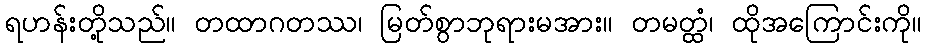
ရဟန်းတို့သည်။ တထာဂတဿ၊ မြတ်စွာဘုရားမအား။ တမတ္ထံ၊ ထိုအကြောင်းကို။